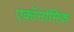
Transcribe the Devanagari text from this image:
एकॉनोमिक